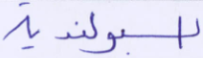
البولندية